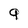
Character: 9